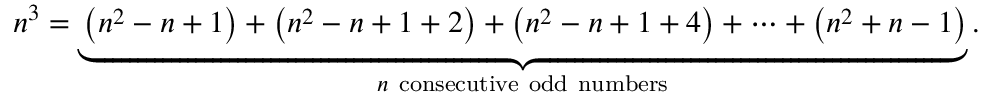
n ^ { 3 } = \underbrace { \left( n ^ { 2 } - n + 1 \right) + \left( n ^ { 2 } - n + 1 + 2 \right) + \left( n ^ { 2 } - n + 1 + 4 \right) + \cdots + \left( n ^ { 2 } + n - 1 \right) } _ { n { \mathrm { ~ c o n s e c u t i v e ~ o d d ~ n u m b e r s } } } .